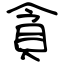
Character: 貪